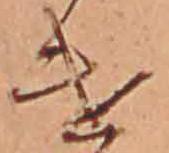
け